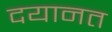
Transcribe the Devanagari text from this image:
दयानत